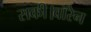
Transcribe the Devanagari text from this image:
सकी।वॉरेन